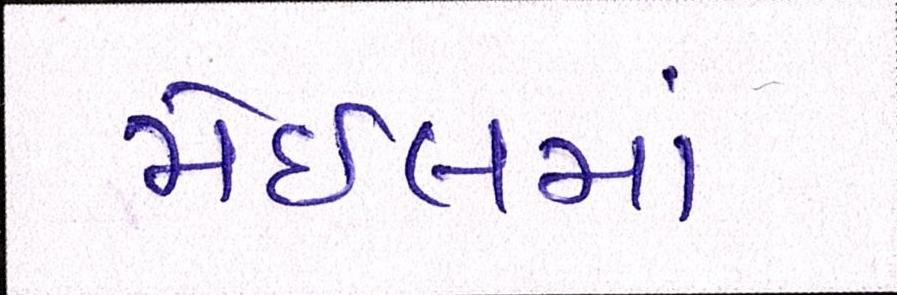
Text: મેઇલમાં